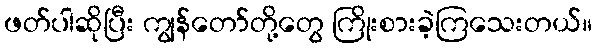
ဖတ်ပါဆိုပြီး ကျွန်တော်တို့တွေ ကြိုးစားခဲ့ကြသေးတယ်။